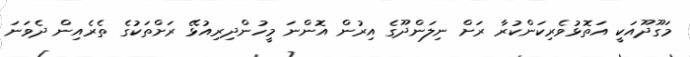
މަގޫދޫއަކީ އަތޮޅުވެރިކަންކުރާ ރަށް ނިލަންދޫގެ އިރުން އޮންނަ މީހުންދިރިއުޅޭ ރަށްތަކުގެ ތެރެއިން ދެވަނަ